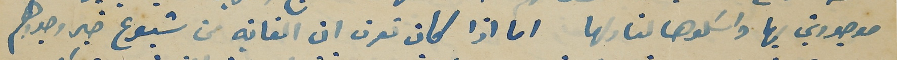
موجودين بها ورسَلوها لنا ولها اما اذا كان تعرف ان الغاية من شيوع خبر وجودهم